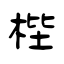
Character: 梐